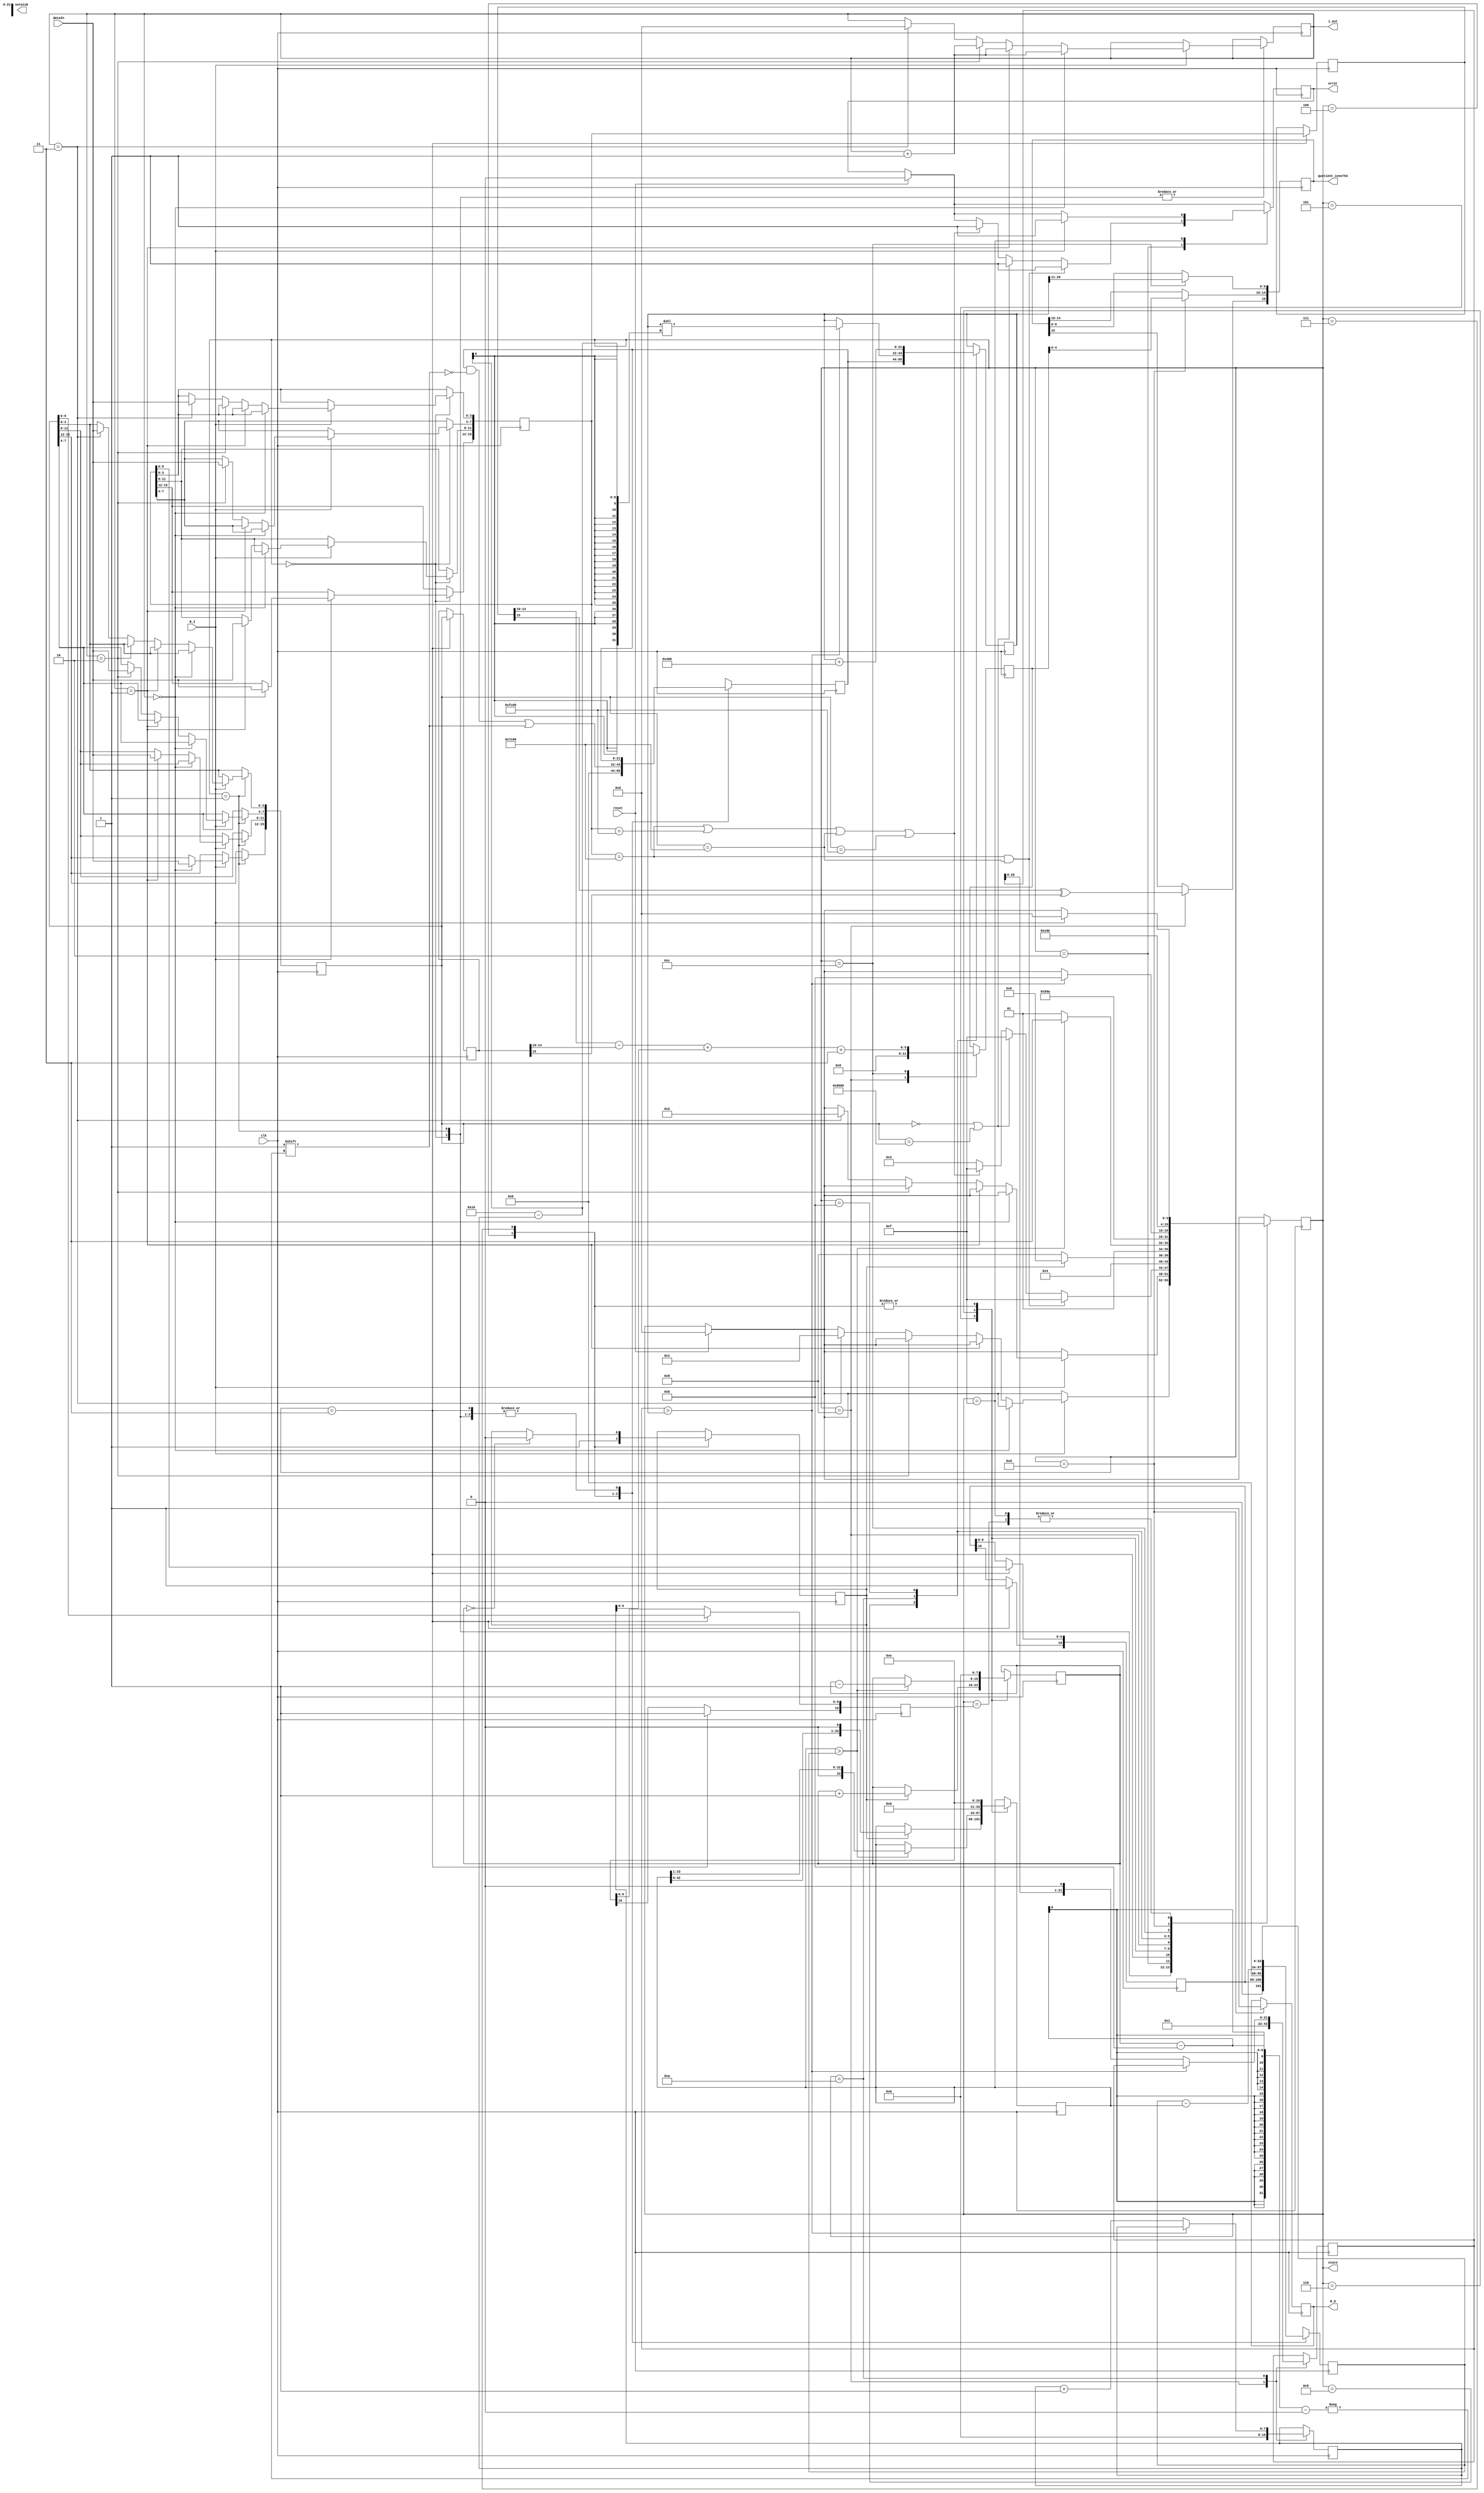
module fsm1(
    input [3:0] dataIn,
    input R_I,
    input reset,
    input clk,
    output reg [15:0] quotient_ieee754,
    output reg R_O,
    output reg error,                                          
    output [15:0] ostatok,
    output reg [3:0] state,
    output [3:0] i_out
);

reg [15:0] REG_A;
reg [15:0] REG_B;
reg reset_div;
wire [15:0] REG_RES;

reg [3:0] i;

initial
begin
        R_O <= 0;    
        REG_A <= 0;
        REG_B <= 0;
        reset_div <= 0;
        state <= 0;
        i = 0; 
end
//always @(posedge R_I, posedge reset) 

//-----------//
//module divider state:2,3,4
reg [10:0] divident_divider, divider_divider;                        // ???????, ????????    
reg [21:0] quotient_divider;                     // ???????  
reg error_divider=0;                                       // ?????? ??? ??????? ?? 0                                // ?????? ???????  
reg [33:0] divident_copy1 = {(34){1'b0}};                // ??? ????? ???????? ???????????? ?? 31 ????
reg [33:0] divider_copy1 = {(34){1'b0}};                 // ??? ????? ???????? ???????????? ?? 31 ????
reg start_divider=0;                                                  // ??? ???? ??? ?????? ??????????
reg [7:0] shift_divider;
//------------------
//module divider_ieee754(
reg [21:0] quotient_copy_ieee;                                            // ??? ???? ??? ?????? ??????????
reg [15:0] divident_ieee754, divider_ieee754;                          // ???????, ???????? ? ??????? IEEE754 
reg warning_NaN;                                         // ?????? ??? ??????? ?? 0
reg error_divider_ziro;
reg warning_infinity;                                                // ?????? ???????  
reg [15:0] ostatok;  
reg start;       //???????? ???? ?? ?????                                           // ??? ???? ??? ?????? ??????????
reg [21:0] vspomogatelnaya_peremennaya;
reg [7:0] shift_ieee;                                            // ??????? ?????? ????? ? ????? ????????
reg [5:0] exponenta;

assign i_out = i;
//------------------
always@(posedge clk)
begin
    if(reset)
        begin
            state<=0;
            error<=0;
        end
    case (state)
        0:
            begin
                if(R_I)
                    begin
                    if (i == 0) begin
                        REG_A[15:12]<=dataIn;
                        i <= i+1;
                        end
                        else if (i == 1) begin
                        REG_A[11:8]<=dataIn;
                        i <= i+1;
                        end
                        else if (i == 2) begin
                        REG_A[7:4]<=dataIn;
                        i <= i+1;
                        end
                        else if (i == 3) begin
                        REG_A[3:0]<=dataIn;
                        i <= 0;
                        state<=1;
                        end
                        
                    end
            end
        1:
            begin
                if(R_I)
                    begin
                    if (i == 0) begin
                        REG_B[15:12]<=dataIn;
                        i <= i+1;
                        end
                        else if (i == 1) begin
                        REG_B[11:8]<=dataIn;
                        i <= i+1;
                        end
                        else if (i == 2) begin
                        REG_B[7:4]<=dataIn;
                        i <= i+1;
                        end
                        else if (i == 3) begin
                        REG_B[3:0]<=dataIn;
                        i <= 0;
                        state<=2;
                        end
                        
                    end
            end
        2:
            begin
                if((REG_A==15'h7c00||REG_A==15'hfc00)&&(REG_B==15'h7c00||REG_B==15'hfc00))
                    begin
                        error<=1;
                        state<=15;
                    end
                else if((REG_B==1'b0)|(REG_B==16'h8000))
                    begin
                        error<=1;
                        state<=15;
                    end
                else if((REG_A==15'h7c00)||(REG_A==16'hfc00)||(REG_B==15'h7c00)||(REG_B==16'hfc00))
                    begin
                        error<=1;
                        state<=15;
                    end
                else
                    state<=3;         
            end
        3:
            begin
                //??? IEEE
                divident_ieee754<=REG_A;
                divider_ieee754<=REG_B;
                //??? Divider'?
                divident_divider <= REG_A[10:0];
                divident_divider[10] <= 1;
                divider_divider <= REG_B[10:0];
                divider_divider[10] <= 1;
                state<=4;
            end
        4:
            begin
                divident_copy1 = {(34){1'b0}};
                divider_copy1 <= {(34){1'b0}};
                quotient_divider <= {22{1'b0}};                                // ??????? = 32'b00000000000000000000000000000000     
                divident_copy1 <= divident_divider << 22;                      // ? ????? ???????? ???????? ????????, ????????? ?? 20 ??? ?????    
                divider_copy1 <= divider_divider;                               // ? ????? ???????? ???????? ???????     
                shift_divider <= 0;                                             // ??????? ?????? ????? ? ????????
                error_divider <= 0;                                             // ?????? ?????? 0     
                start_divider <= 1;
                state<=5;  
            end    
        5:
            begin
                if(divider_divider == 0)
                    state<=6;                                        // ???? ???????? ????? ????, ?? ?? ?????? error ????????? ?????? ?????? (1)
                if(start_divider)
                    begin
                        divider_copy1 <= divider_copy1 << 1;                   // ????? ????? ?? ??????? ? ????????
                        shift_divider <= shift_divider+1;
                        state<=6;
                    end 
                else
                    begin
                        state<=8;
                    end
                           
            end
        6:  
            begin
                if(divider_copy1 > divident_copy1)                    // ???? ????? ?????? ???????? ???? ?????? ????????, ?? ????????? ???????? ? ???????
                    begin
                        divider_copy1 <= divider_copy1 >> 1;               // ???????? ??????? ? ????? ????????
                        shift_divider <= shift_divider-1;
                        state<=7;                                // ??????? ?????? ????? ? ???????? ????????? ?? 1  
                    end
                else
                    begin
                        state<=5;
                    end    
            end 
        7:
            begin               
                divident_copy1 <= divident_copy1 - divider_copy1;   // ????????? ????????
                quotient_divider [shift_divider-11] <= 1'b1;                      // ? ??????????????? ??? ???????? ???????? ???????                        
                if(shift_divider == 0)
                    begin
                        start_divider <= 0;
                        state<=8;                                  // ?????? ???? ?????? ????? ????? ????? ????                          
                    end     // ?????? ???????
                shift_divider <= 0;                                      // ???????? ??????? ?????? ????? ? ????????
                divider_copy1 <= divider_divider;
                state<=5;                        // ? ????? ???????? ???????? ????????      
            end        
        8:
            begin
                error_divider_ziro <= 0;
                warning_NaN <= 0;
                warning_infinity <= 0;    
                exponenta <= 0;
                shift_ieee <= 0;
                vspomogatelnaya_peremennaya <= 1;
                quotient_ieee754[15] <= (divident_ieee754[15])^(divider_ieee754[15]);
                state<=9;
            end    
        9:
            begin
                quotient_copy_ieee <= quotient_divider;
                //reset_div = 0;            
                state <= 10;
            end            
        10:
            begin
                if(!(vspomogatelnaya_peremennaya>quotient_copy_ieee))
                    begin
                        vspomogatelnaya_peremennaya <= vspomogatelnaya_peremennaya << 1;
                        shift_ieee <= shift_ieee+1;
                    end
                else 
                    begin    
                        quotient_copy_ieee <= quotient_copy_ieee << (22 - shift_ieee);
                        state<=11;
                    end
            end 
        11:
            begin
                quotient_copy_ieee <= quotient_copy_ieee + 12'b10000000000;           
                state<=12;
            end
        12:
            begin
                quotient_ieee754[9:0] <= quotient_copy_ieee[20:11];
                exponenta <= (divident_ieee754[14:10] - divider_ieee754[14:10]) + shift_ieee + 3'b11;
                state<=13;
            end 
        13:
            begin
                quotient_ieee754[14:10] <= exponenta;
                R_O<=1;
                state<=14;
            end
        14:
            begin
                if(R_I)
                    begin
                        state<=0;
                    end
            end
        15:
            begin
                if(R_I)
                    begin
                        state<=0;
                        error<=1;
                    end
            end            
    endcase
end     
endmodule